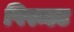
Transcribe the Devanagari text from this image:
पिरूएट